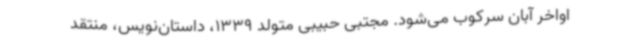
اواخر آبان سرکوب می‌شود. مجتبی حبیبی متولد 1339، داستان‌نویس، منتقد